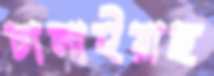
চালাইয়াছ